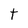
Character: t